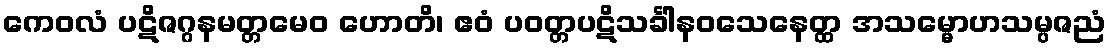
ကေဝလံ ပဋိဇဂ္ဂနမတ္တမေဝ ဟောတိ၊ ဧဝံ ပဝတ္တပဋိသင်္ခါနဝသေနေတ္ထ အသမ္မောဟသမ္ပဇညံ